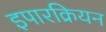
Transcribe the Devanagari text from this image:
इपारक्रियन